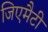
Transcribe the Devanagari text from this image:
जिएमैटी